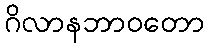
ဂိလာနဘာဝတော